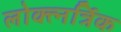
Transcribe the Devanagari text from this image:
लोक्त्नर्त्रिक